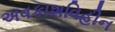
અવકાશવિહીન